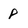
Character: P